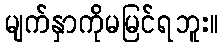
မျက်နှာကိုမမြင်ရဘူး။